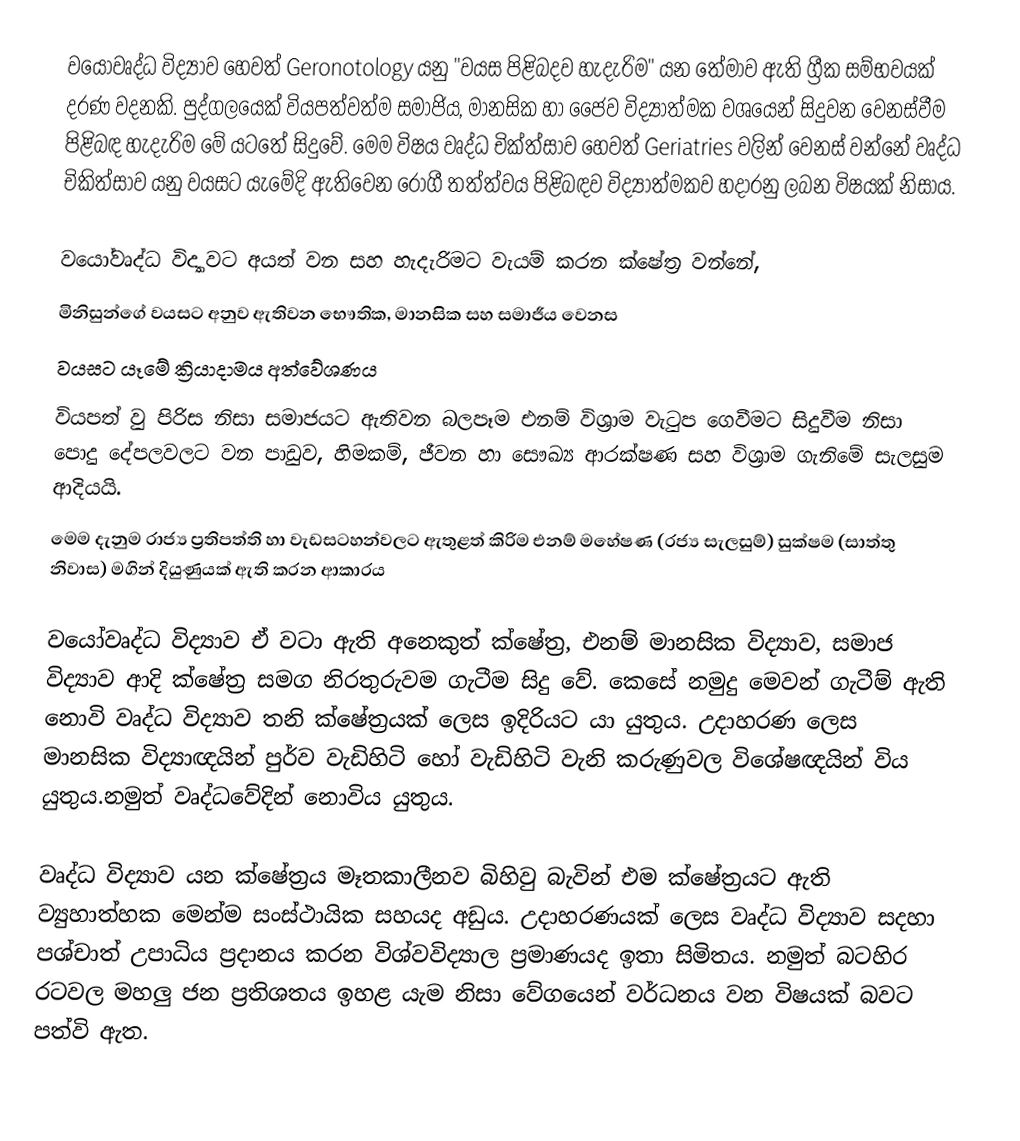
වයෝවෘද්ධ විද්‍යාව හෙවත් Geronotology යනු "වයස පිළිබදව හැදැරිම" යන තේමාව ඇති ග්‍රීක සම්භවයක් දරණ වදනකි. පුද්ගලයෙක් වියපත්වත්ම සමාජිය, මානසික හා ජෛව විද්‍යාත්මක වශයෙන් සිදුවන වෙනස්වීම පිළිබඳ හැදැරිම මේ යටතේ සිදුවේ. මෙම විෂය වෘද්ධ චික්ත්සාව හෙවත් Geriatries වලින් වෙනස් වන්නේ වෘද්ධ චිකිත්සාව යනු වයසට යැමේදි ඇතිවෙන රෝගී තත්ත්වය පිළිබඳව විද්‍යාත්මකව හදාරනු ලබන විෂයක් නිසාය.

වයෝවෘද්ධ විද්‍යාවට අයත් වන සහ හැදැරිමට වැයම් කරන ක්ෂේත්‍ර වන්නේ,
 මිනිසුන්ගේ වයසට අනුව ඇතිවන භෞතික, මානසික සහ සමාජීය වෙනස
 වයසට යෑමේ ක්‍රියාදාමය අත්වේශණය
 වියපත් වු පිරිස නිසා සමාජයට ඇතිවන බලපෑම එනම් විශ්‍රාම වැටුප ගෙවීමට සිදුවීම නිසා පොදු දේපලවලට වන පාඩුව, හිමකම්, ජීවන හා සෞඛ්‍ය ආරක්ෂණ සහ විශ්‍රාම ගැනිමේ සැලසුම ආදියයි.
 මෙම දැනුම රාජ්‍ය ප්‍රතිපත්ති හා වැඩසටහන්වලට ඇතුළත් කිරිම එනම් මහේෂණ (රජ්‍ය සැලසුම්) සුක්ෂම (සාත්තු නිවාස) මගින් දියුණුයක් ඇති කරන ආකාරය

වයෝවෘද්ධ විද්‍යාව ඒ වටා ඇති අනෙකුත් ක්ෂේත්‍ර, එනම් මානසික විද්‍යාව, සමාජ විද්‍යාව ආදි ක්ෂේත්‍ර සමග නිරතුරුවම ගැටීම සිදු වේ. කෙසේ නමුදු මෙවන් ගැටීම් ඇති නොවි වෘද්ධ විද්‍යාව තනි ක්ෂේත්‍රයක් ලෙස ඉදිරියට යා යුතුය. උදාහරණ ලෙස මානසික විද්‍යාඥයින් පුර්ව වැඩිහිටි හෝ වැඩිහිටි වැනි කරුණුවල විශේෂඥයින් විය යුතුය.නමුත් වෘද්ධවේදින් නොවිය යුතුය.

වෘද්ධ විද්‍යාව යන ක්ෂේත්‍රය මෑතකාලීනව බිහිවු බැවින් එම ක්ෂේත්‍රයට ඇති ව්‍යුහාත්හක මෙන්ම සංස්ථායික සහයද අඩුය. උදාහරණයක් ලෙස වෘද්ධ විද්‍යාව සදහා පශ්චාත් උපාධිය ප්‍රදානය කරන විශ්වවිද්‍යාල ප්‍රමාණයද ඉතා සිමිතය. නමුත් බටහිර රටවල මහලු ජන ප්‍රතිශතය ඉහළ යැම නිසා වේගයෙන් වර්ධනය වන විෂයක් බවට පත්වි ඇත.